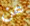
عن